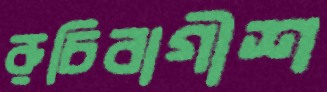
রুচিবাগীশ